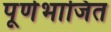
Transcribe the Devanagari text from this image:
पूर्णभाजित